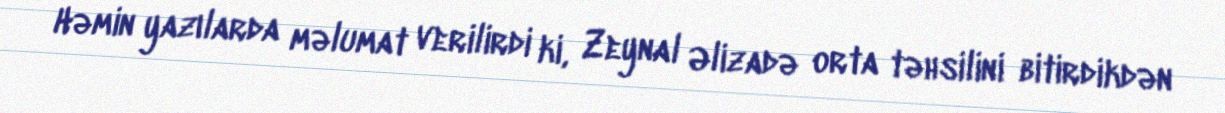
Həmin yazılarda məlumat verilirdi ki, Zeynal Əlizadə orta təhsilini bitirdikdən